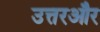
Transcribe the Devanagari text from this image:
उत्तरऔर